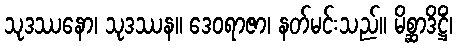
သုဒဿနော၊ သုဒဿန။ ဒေဝရာဇာ၊ နတ်မင်းသည်။ မိစ္ဆာဒိဋ္ဌိံ၊